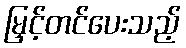
မြှင့်တင်ပေးသည့်